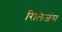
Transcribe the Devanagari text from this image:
रिलिजंस